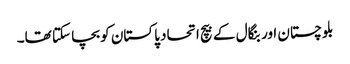
بلوچستان اور بنگال کے بیچ اتحاد پاکستان کو بچا سکتا تھا۔